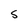
Character: S